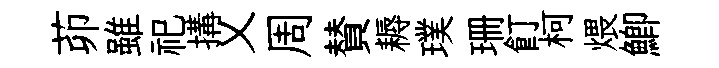
茆雖祀搆乂周賛耨璞珊飣柯煨鯽